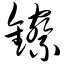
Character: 镲